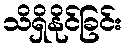
သိရှိနိုင်ခြင်း